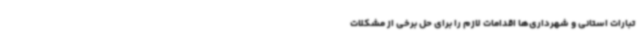
تبارات استانی و شهرداری‌ها اقدامات لازم را برای حل برخی از مشکلات